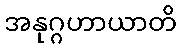
အနုဂ္ဂဟာယာတိ